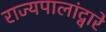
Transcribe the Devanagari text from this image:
राज्यपालांद्वारे